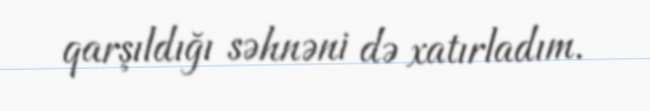
qarşıldığı səhnəni də xatırladım.